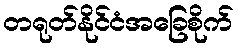
တရုတ်နိုင်ငံအခြေစိုက်